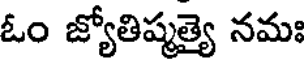
ఓం జ్యోతిష్మత్యై నమః